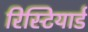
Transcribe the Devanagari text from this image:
रिस्टियार्ड